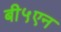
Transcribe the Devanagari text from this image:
बी५एन